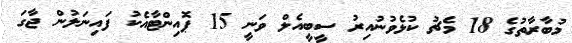
މުބާރާތުގެ 18 މެޗު ކުޅެވުނުއިރު ސީބީއެލް ވަނީ 15 ޕޮއިންޓާއެކު ފައިނަލުން ޖާގަ